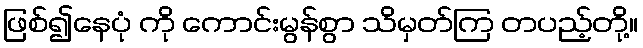
ဖြစ်၍နေပုံ ကို ကောင်းမွန်စွာ သိမှတ်ကြ တပည့်တို့။